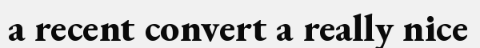
a recent convert a really nice